Piroplasma canis and its life cycle in the tick - Number 29
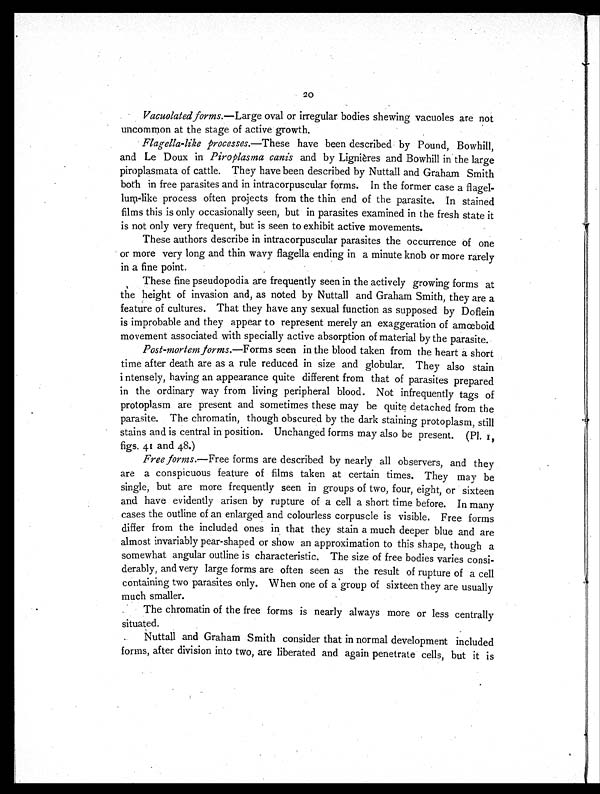
20
Vacuolated forms. —Large oval or irregular bodies shewing vacuoles are not
uncommon at the stage of active growth.
Flagella-like processes. —These have been described by Pound, Bowhill,
and Le Doux in Piroplasma canis and by Lignières and Bowhill in the large
piroplasmata of cattle. They have been described by Nuttall and Graham Smith
both in free parasites and in intracorpuscular forms. In the former case a flagel-
lum-like process often projects from the thin end of the parasite. In stained
films this is only occasionally seen, but in parasites examined in the fresh state it
is not only very frequent, but is seen to exhibit active movements.
These authors describe in intracorpuscular parasites the occurrence of one
or more very long and thin wavy flagella ending in a minute knob or more rarely
in a fine point.
These fine pseudopodia are frequently seen in the actively growing forms at
the height of invasion and, as noted by Nuttall and Graham Smith, they are a
feature of cultures. That they have any sexual function as supposed by Doflein
is improbable and they appear to represent merely an exaggeration of amœboid
movement associated with specially active absorption of material by the parasite.
Post-mortem forms. —Forms seen in the blood taken from the heart a short
time after death are as a rule reduced in size and globular. They also stain
intensely, having an appearance quite different from that of parasites prepared
in the ordinary way from living peripheral blood. Not infrequently tags of
protoplasm are present and sometimes these may be quite detached from the
parasite. The chromatin, though obscured by the dark staining protoplasm, still
stains and is central in position. Unchanged forms may also be present. (Pl. 1,
figs. 41 and 48.)
Free forms. —Free forms are described by nearly all observers, and they
are a conspicuous feature of films taken at certain times. They may be
single, but are more frequently seen in groups of two, four, eight, or sixteen
and have evidently arisen by rupture of a cell a short time before. In many
cases the outline of an enlarged and colourless corpuscle is visible. Free forms
differ from the included ones in that they stain a much deeper blue and are
almost invariably pear-shaped or show an approximation to this shape, though a
somewhat angular outline is characteristic. The size of free bodies varies consi-
derably, and very large forms are often seen as the result of rupture of a cell
containing two parasites only. When one of a group of sixteen they are usually
much smaller.
The chromatin of the free forms is nearly always more or less centrally
situated.
Nuttall and Graham Smith consider that in normal development included
forms, after division into two, are liberated and again penetrate cells, but it is